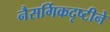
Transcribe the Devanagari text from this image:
नैसर्गिकदृष्टीने